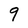
Character: 9